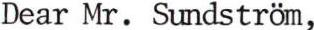
Dear Mr. Sundström,